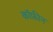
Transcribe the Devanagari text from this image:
कॉफ़ीन